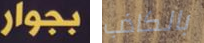
بجوار بالكاذب